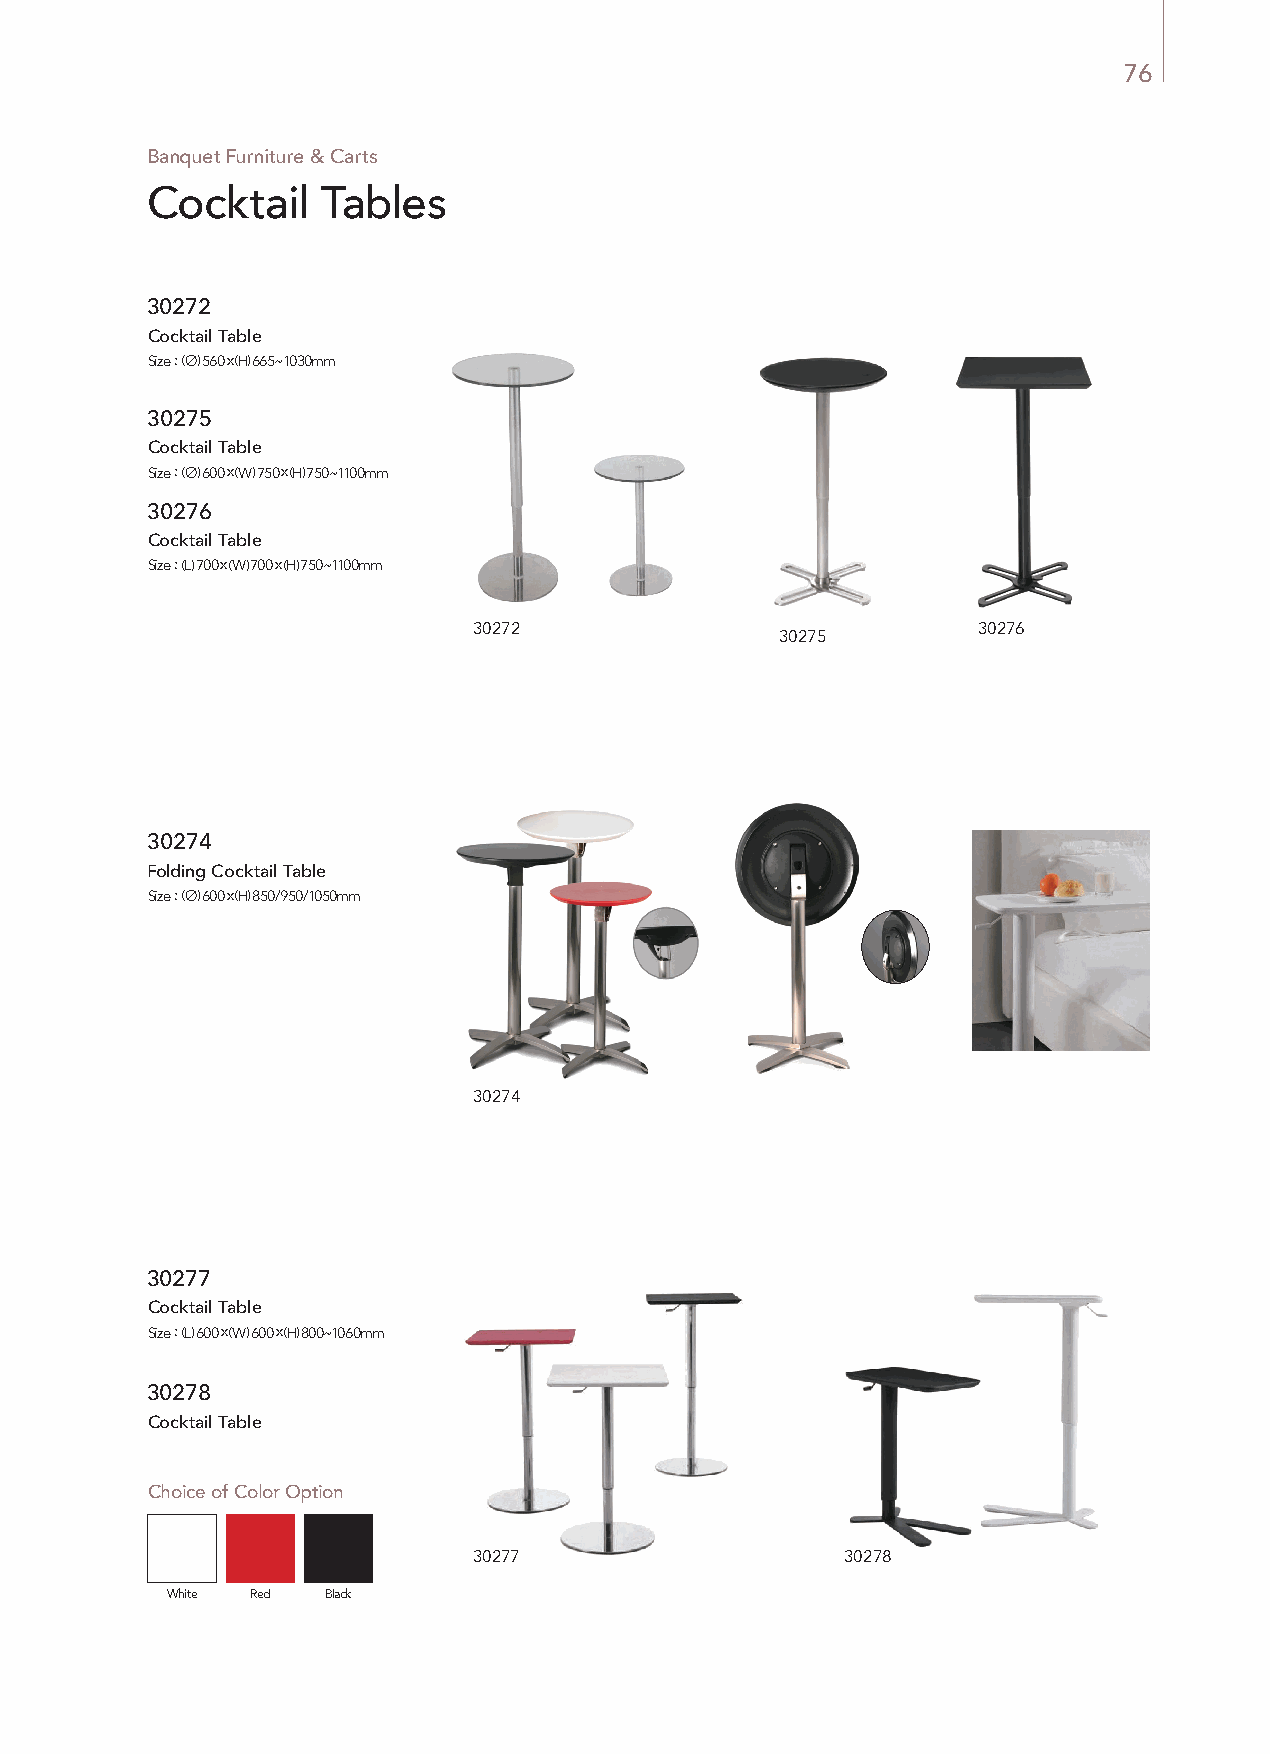
76
 Banquet Furniture & Carts
 Cocktail   Tables
 30272
 Cocktail Table
 Size : (∅) 560 x (H) 665~1030mm
 30275
 Cocktail Table
 Size : (∅) 600 x (W) 750 x (H) 750~1100mm
 30276
 Cocktail Table
 Size : (L) 700 x (W) 700 x (H) 750~1100mm
 30272                             30276
 30275
 30274
 Folding Cocktail Table
 Size : (∅) 600 x (H) 850/950/1050mm
 30274
 30277
 Cocktail Table
 Size : (L) 600 x (W) 600 x (H) 800~1060mm
 30278
 Cocktail Table
 Size : (∅) 600 x (H) 850/950/1050mm
 Choice of Color Option
 30277                    30278
 White Red  Black